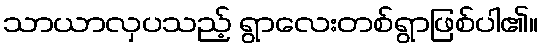
သာယာလှပသည့် ရွာလေးတစ်ရွာဖြစ်ပါ၏။